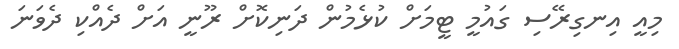
މިއީ އިނގިރޭސި ގައުމީ ޓީމަށް ކުޅެމުން ދަނިކޮށް ރޫނީ އަށް ދެއްކި ދެވަނަ